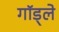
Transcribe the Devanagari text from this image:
गॉड्ले